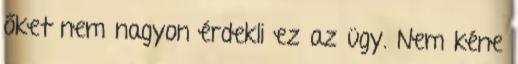
őket nem nagyon érdekli ez az ügy. Nem kéne